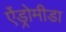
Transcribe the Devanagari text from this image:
ऐंड्रोमीडा